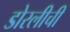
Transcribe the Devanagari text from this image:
डोरलीची